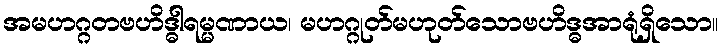
အမဟဂ္ဂတဗဟိဒ္ဓါရမ္မဏာယ၊ မဟဂ္ဂုတ်မဟုတ်သောဗဟိဒ္ဓအာရုံရှိသော။